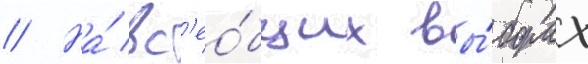
// На́ вс'ео́бщих вы́борах